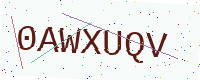
Text: 0AWXUQV